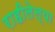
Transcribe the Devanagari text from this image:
राहीलेल्‍या